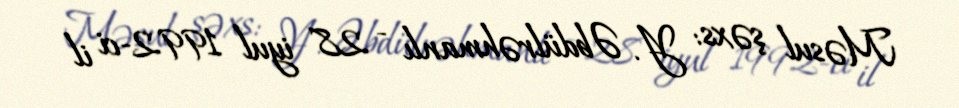
Məsul şəxs: Y. Əbdülrəhmanlı - 28 iyul 1992-ci il